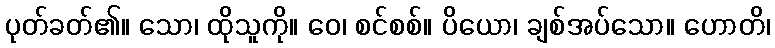
ပုတ်ခတ်၏။ သော၊ ထိုသူကို။ ဝေ၊ စင်စစ်။ ပိယော၊ ချစ်အပ်သော။ ဟောတိ၊